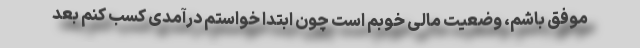
موفق باشم، وضعیت مالی خوبم است چون ابتدا خواستم درآمدی کسب کنم بعد